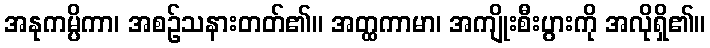
အနုကမ္ပိကာ၊ အစဉ်သနားတတ်၏။ အတ္ထကာမာ၊ အကျိုးစီးပွားကို အလိုရှိ၏။